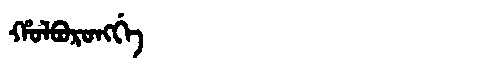
Manchu: ᡥᠣᠯᠪᠣᡵᠣᠩᡤᡝ
Romanization: HOLBORONGGE